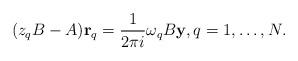
LaTeX: \begin{align*}(z_q B-A) {\bf r}_q = \frac{1}{2\pi i} \omega_q B {\bf y}, q=1, \ldots, N.\end{align*}